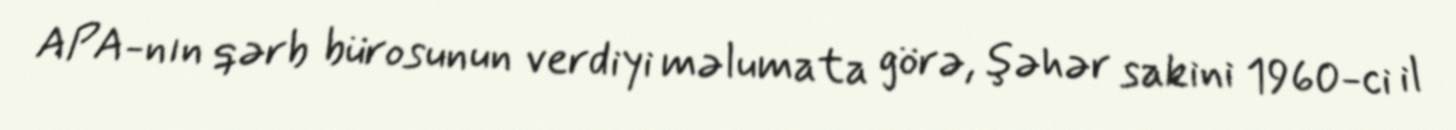
APA-nın qərb bürosunun verdiyi məlumata görə, şəhər sakini 1960-ci il